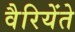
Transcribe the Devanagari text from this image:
वैरियेंते